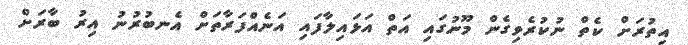
އިތުރަށް ކެތް ނުކުރެވިގެން މޫނުގައި އަތް އަޅައިލާފައި އަނެއްފަރާތަށް އެނބުރުނު އިރު ބާރަށް